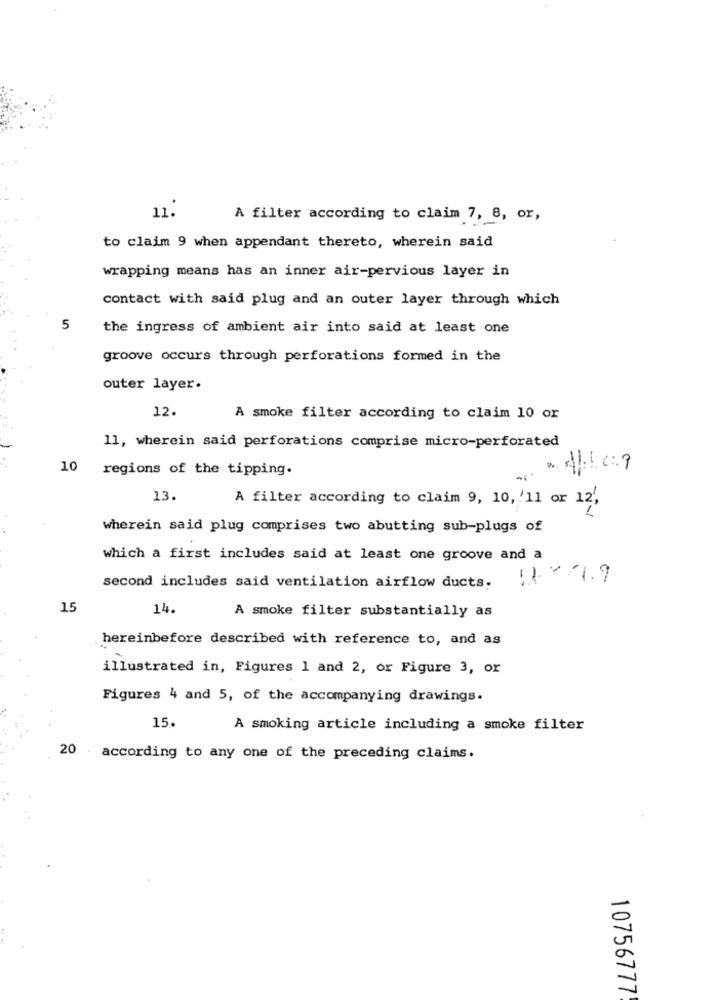
11.
A filter according to claim 7, 8, or,
to claim 9 when appendant thereto, wherein said
wrapping means has an inner air-pervious layer in
contact with said plug and an outer layer through which
5
the ingress of ambient air into said at least one
groove occurs through perforations formed in the
outer layer.
12.
A smoke filter according to claim 10 or
11, wherein said perforations comprise micro-perforated
10 regions of the tipping.
13.
A filter according to claim 9, 10, '11 or 12',
wherein said plug comprises two abutting sub-plugs of
which a first includes said at least one groove and a
second includes said ventilation airflow ducts.
15
14.
A smoke filter substantially as
hereinbefore described with reference to, and as
-
illustrated in, Figures 1 and 2, or Figure 3, or
Figures 4 and 5, of the accompanying drawings.
15.
A smoking article including a smoke filter
20 according to any one of the preceding claims.
10756777